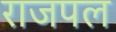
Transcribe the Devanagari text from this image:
राजपल